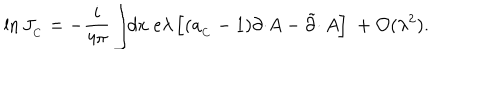
LaTeX: \ln J _ { _ C } = - \frac { i } { 4 \pi } \int \! \! d x \; e \lambda \left[ ( a _ { _ C } - 1 ) \partial \cdotp \! A - \tilde { \partial } \cdotp A \right] \; + { \cal O } ( \lambda ^ { 2 } ) .